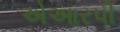
એઆરપી